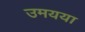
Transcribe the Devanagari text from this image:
उमयया